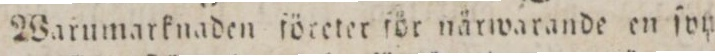
Warumarknaden företer för närwarande en ſon=